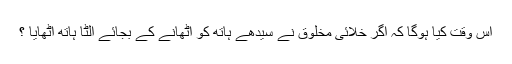
اس وقت کیا ہوگا کہ اگر خلائی مخلوق نے سیدھے ہاتھ کو اٹھانے کے بجائے الٹا ہاتھ اٹھایا ؟